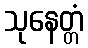
သုနေတ္တံ